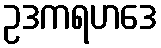
ဥဒကရဟဒေ